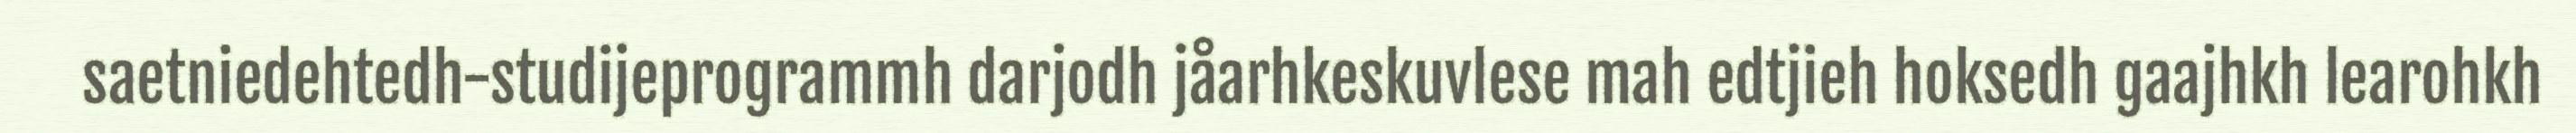
saetniedehtedh−studijeprogrammh darjodh jåarhkeskuvlese mah edtjieh hoksedh gaajhkh learohkh